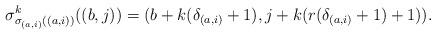
LaTeX: \begin{align*}\sigma^k_{\sigma_{(a,i)}((a,i))}((b,j))=(b+k(\delta_{(a,i)}+1),j+k(r(\delta_{(a,i)}+1)+1)). \end{align*}